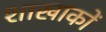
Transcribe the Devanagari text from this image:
शाखाकों